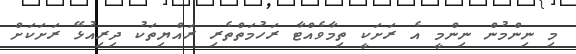
މި ނިންމުން ނިންމީ އެ ރަށަކީ ތިމާވެއްޓާ ރަހުމަތްތެރި ރައްޔިތަކު ދިރިއުޅޭ ރަށަކަށް